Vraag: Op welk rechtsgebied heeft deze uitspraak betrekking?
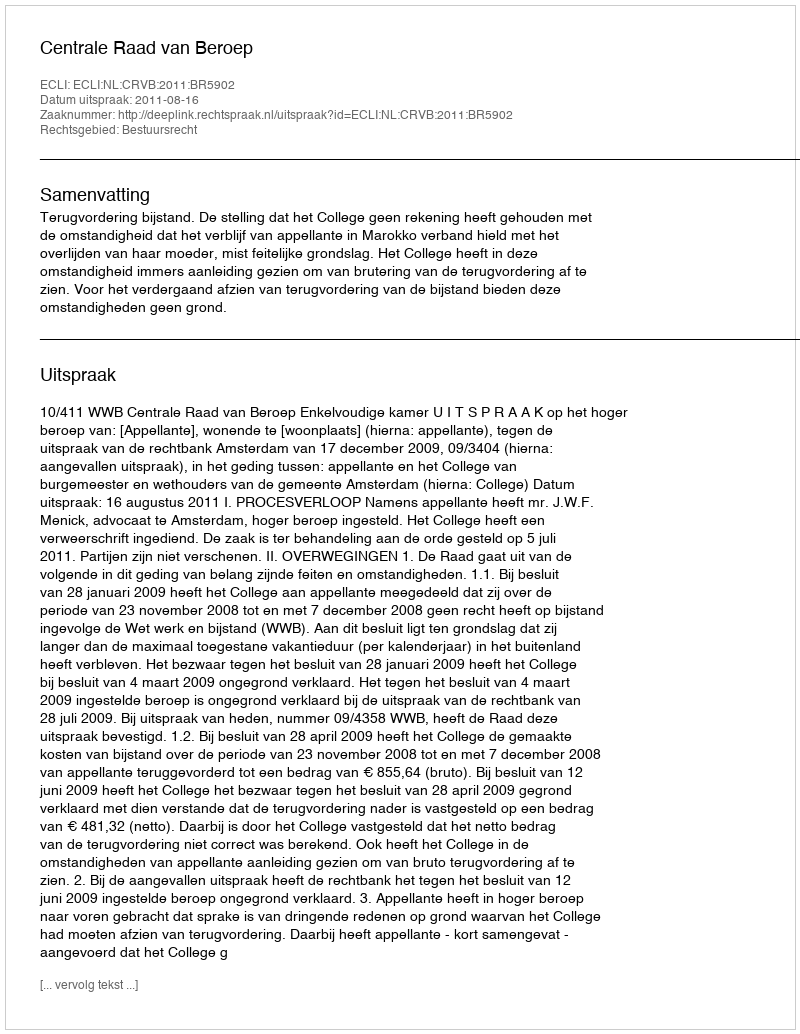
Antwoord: Bestuursrecht